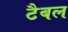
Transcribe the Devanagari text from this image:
टैबल